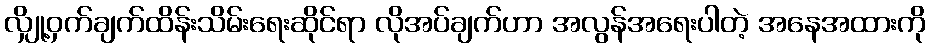
လျှို့ဝှက်ချက်ထိန်းသိမ်းရေးဆိုင်ရာ လိုအပ်ချက်ဟာ အလွန်အရေးပါတဲ့ အနေအထားကို